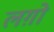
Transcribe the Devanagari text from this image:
लग़ो